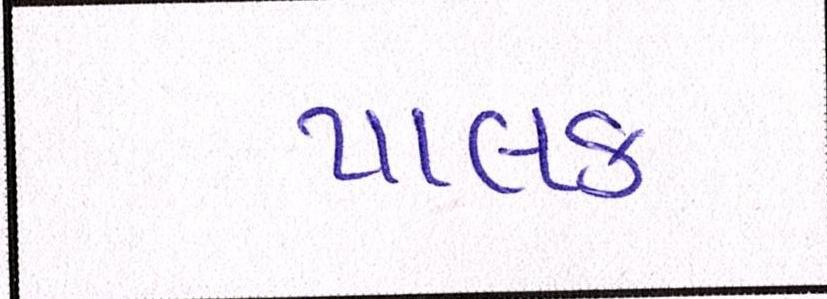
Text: પાલક